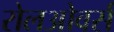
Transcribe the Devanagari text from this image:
रोलओवर्स